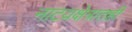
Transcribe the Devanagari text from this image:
नाटय़क्षेत्रातही